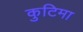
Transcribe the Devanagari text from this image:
कुटिमा